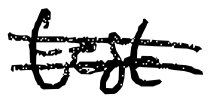
Text: test
Cross-out: mix
Writing tool: digital_black